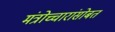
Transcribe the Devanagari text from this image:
मंत्रोच्चारांसोबत